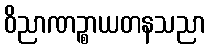
ဝိညာဏဉ္စာယတနသညာ